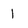
Character: 1